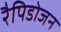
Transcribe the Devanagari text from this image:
रैपिडोजन